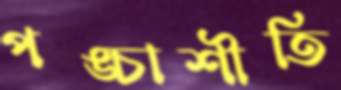
পঙ্চাশীতি